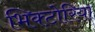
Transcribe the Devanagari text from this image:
भिक्टोरिया